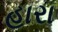
હારા